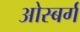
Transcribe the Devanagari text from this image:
ओस्बर्ग